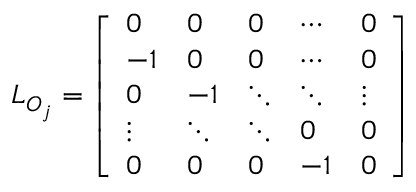
\begin{array} { r } { L _ { O _ { j } } = \left[ \begin{array} { l l l l l } { 0 } & { 0 } & { 0 } & { \cdots } & { 0 } \\ { - 1 } & { 0 } & { 0 } & { \cdots } & { 0 } \\ { 0 } & { - 1 } & { \ddots } & { \ddots } & { \vdots } \\ { \vdots } & { \ddots } & { \ddots } & { 0 } & { 0 } \\ { 0 } & { 0 } & { 0 } & { - 1 } & { 0 } \end{array} \right] } \end{array}